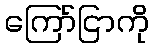
ကြော်ငြာကို